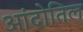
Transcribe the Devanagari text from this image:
आंदोतिल